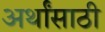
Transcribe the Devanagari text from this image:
अर्थांसाठी